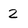
Character: 2